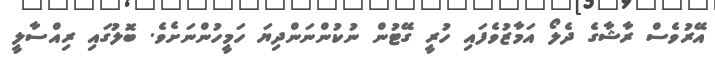
އޭރުވެސް ރާޝާގެ ދެލޯ އަމާޒުވެފައި ހުރީ ގޭޓުން ނުކުންނަންދިޔަ ހަމީހުންނަށެވެ. ބޮލުގައި ރިއްސާލީ